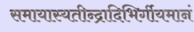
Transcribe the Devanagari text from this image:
समायास्यतीन्द्रादिभिर्गीयमानं